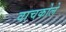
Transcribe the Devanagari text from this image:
वाचकोले